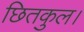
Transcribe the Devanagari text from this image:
छितकुल।